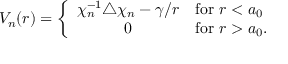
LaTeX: V _ { n } ( r ) = \left\{ \begin{array} { c l } { { \chi _ { n } ^ { - 1 } \triangle \chi _ { n } - \gamma / r } } & { { \mathrm { f o r } ~ r < a _ { 0 } } } \\ { { 0 } } & { { \mathrm { f o r } ~ r > a _ { 0 } . } } \end{array} \right.